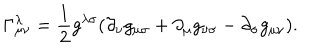
\Gamma _ { \mu \nu } ^ { \lambda } = \frac { 1 } { 2 } g ^ { \lambda \sigma } ( \partial _ { \nu } g _ { \mu \sigma } + \partial _ { \mu } g _ { \nu \sigma } - \partial _ { \sigma } g _ { \mu \nu } ) .